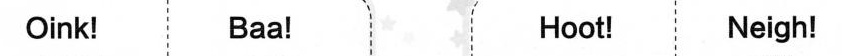
Oink! Baa! Hoot! Neigh!